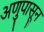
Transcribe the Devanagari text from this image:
अणुपासून